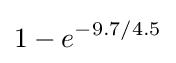
1-e^{-9.7/4.5}